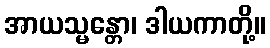
အာယသ္မန္တော၊ ဒါယကာတို့။